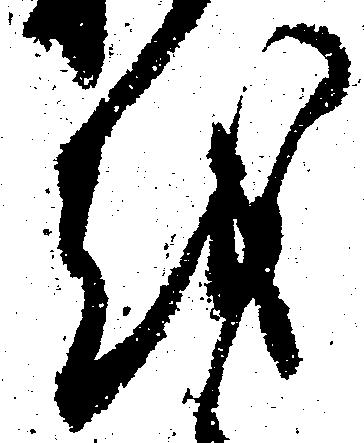
越